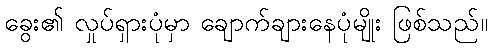
ခွေး၏ လှုပ်ရှားပုံမှာ ချောက်ချားနေပုံမျိုး ဖြစ်သည်။